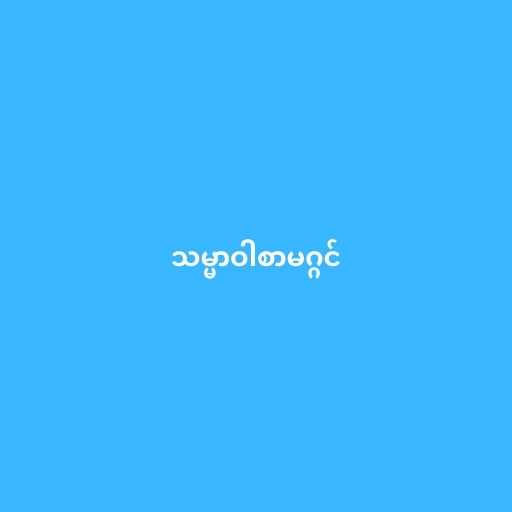
သမ္မာဝါစာမဂ္ဂင်